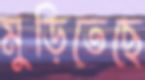
মুড়িতেছে